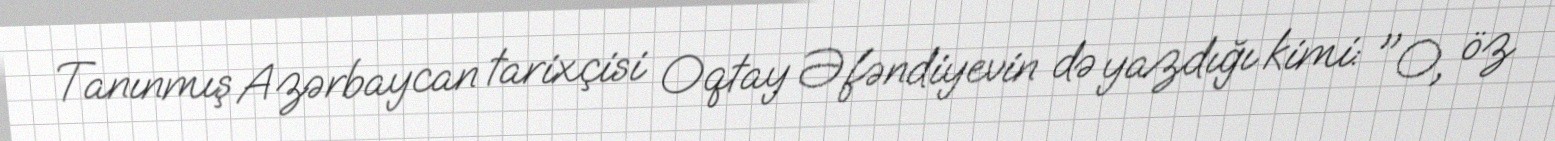
Tanınmış Azərbaycan tarixçisi Oqtay Əfəndiyevin də yazdığı kimi: "O, öz